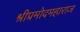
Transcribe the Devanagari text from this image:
श्रीप्रमोदमहाराज